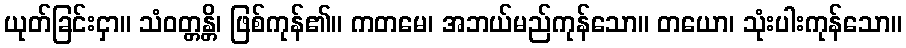
ယုတ်ခြင်းငှာ။ သံဝတ္တန္တိ၊ ဖြစ်ကုန်၏။ ကတမေ၊ အဘယ်မည်ကုန်သော။ တယော၊ သုံးပါးကုန်သော။